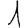
Digit: 1